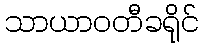
သာယာဝတီခရိုင်